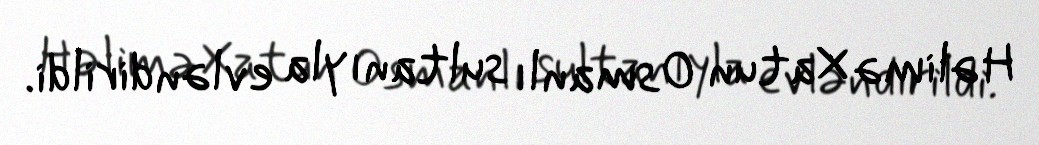
Həlimə Xatun Osmanlı sultanıyla evləndirildi.